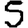
Digit: 5